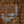
لي